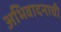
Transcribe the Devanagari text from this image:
अभिवादनाची